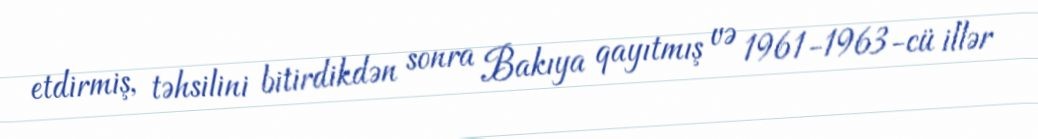
etdirmiş, təhsilini bitirdikdən sonra Bakıya qayıtmış və 1961-1963-cü illər